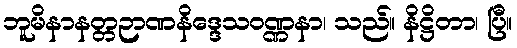
ဘူမိနာနတ္တဉာဏနိဒ္ဒေသဝဏ္ဏနာ၊ သည်။ နိဋ္ဌိတာ၊ ပြီ။